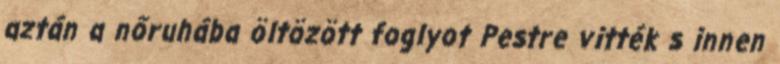
aztán a nőruhába öltözött foglyot Pestre vitték s innen